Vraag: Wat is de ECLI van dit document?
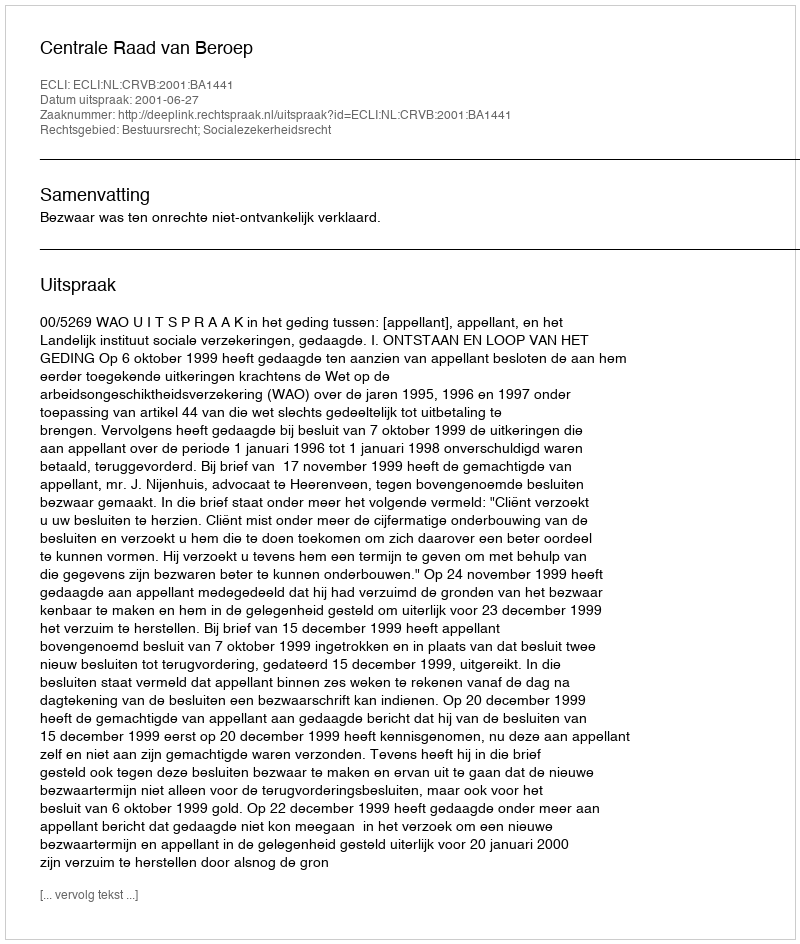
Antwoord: ECLI:NL:CRVB:2001:BA1441